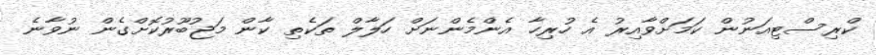
ކްރިސްޓިއަނުން ކަމަށްވާއިރު އެ ހުރިހާ އެންމެންނަށް ހަލާލް ތަކެތި ކާން މަޖުބޫރުކޮށްގެން ނުވާނެ